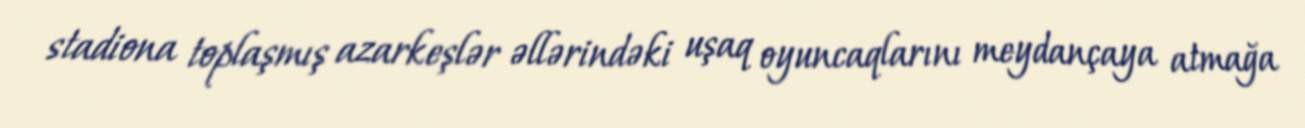
stadiona toplaşmış azarkeşlər əllərindəki uşaq oyuncaqlarını meydançaya atmağa